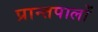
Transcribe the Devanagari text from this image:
प्रान्तपालों